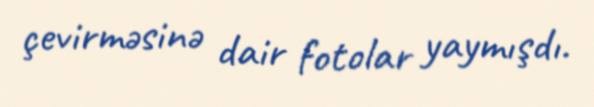
çevirməsinə dair fotolar yaymışdı.